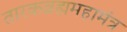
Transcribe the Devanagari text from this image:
तारकब्रह्ममहामंत्र